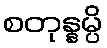
စတုန္နမ္ပိ